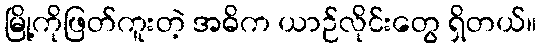
မြို့ကိုဖြတ်ကူးတဲ့ အဓိက ယာဉ်လိုင်းတွေ ရှိတယ်။